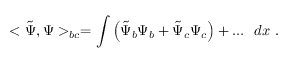
< \tilde { \Psi } , \Psi > _ { b c } = \int { \left( \tilde { \Psi } _ { b } \Psi _ { b } + \tilde { \Psi } _ { c } \Psi _ { c } \right) + \dots } \ \ d x \ .